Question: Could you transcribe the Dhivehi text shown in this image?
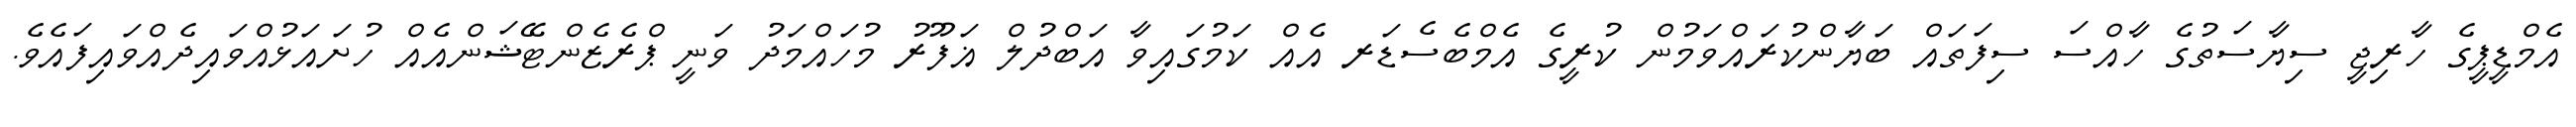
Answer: އެމްޑީޕީގެ ހާރިޖީ ސިޔާސަތުގެ ހާއްސަ ސިފަތައް ބަޔާންކުރައްވަމުން ކުރީގެ އެމްބެސެޑަރ އެއް ކަމުގައިވާ އަބްދުލް ޣަފޫރު މުހައްމަދު ވަނީ ޕްރެޒެންޓޭޝަންއެއް ހުށައަޅުއްވައިދެއްވައިފައެވެ.